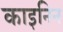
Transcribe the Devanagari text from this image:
काइनिन